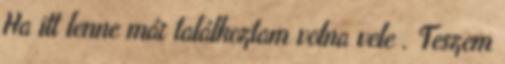
Ha itt lenne már találkoztam volna vele . Teszem